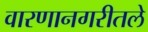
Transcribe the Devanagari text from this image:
वारणानगरीतले